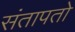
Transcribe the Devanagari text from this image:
संतापतो